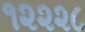
૧૨૨૨૮